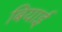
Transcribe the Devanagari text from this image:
बियाई